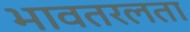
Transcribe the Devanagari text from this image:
भावतरलता